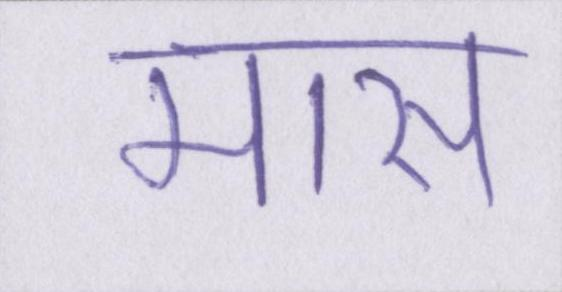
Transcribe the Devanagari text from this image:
मास